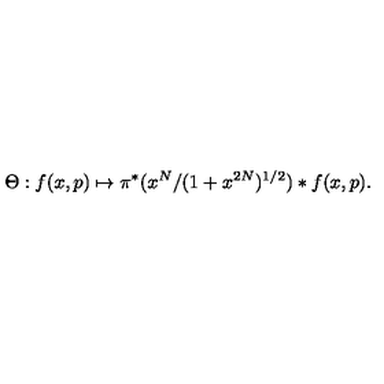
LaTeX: \Theta : f ( x , p ) \mapsto \pi ^ { * } ( x ^ { N } / ( 1 + x ^ { 2 N } ) ^ { { 1 / 2 } } ) * f ( x , p ) .